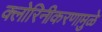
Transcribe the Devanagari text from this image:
क्लोरिनीकरणामुळे